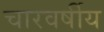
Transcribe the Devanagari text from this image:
चारवर्षीय